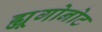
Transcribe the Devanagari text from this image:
ह्यूगोनोट